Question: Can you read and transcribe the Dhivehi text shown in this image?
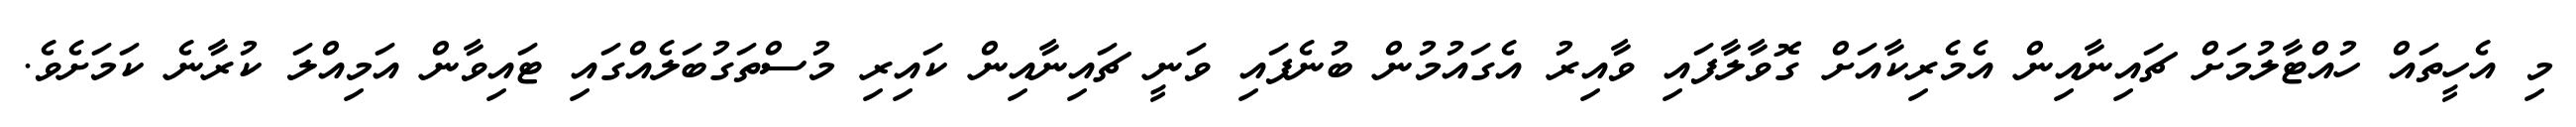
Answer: މި އެހީތައް ހުއްޓާލުމަށް ޗައިނާއިން އެމެރިކާއަށް ގޮވާލާފައި ވާއިރު އެގައުމުން ބުނެފައި ވަނީ ޗައިނާއިން ކައިރި މުސްތަގުބަލެއްގައި ޓައިވާން އަމިއްލަ ކުރާނެ ކަމަށެވެ.